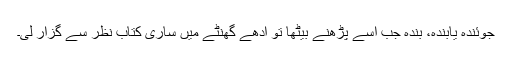
جوئندہ یابندہ، بندہ جب اسے پڑھنے بیٹھا تو آدھے گھنٹے میں ساری کتاب نظر سے گزار لی۔